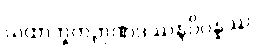
ယထာဘူတဉာဏဒဿနဝိပန္နဿ